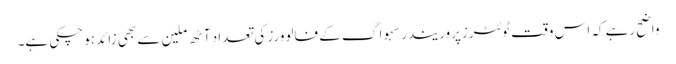
واضح رہے کہ اس وقت ٹوئٹرزپروریندرسہوا گ کے فالوورز کی تعداد آٹھ ملین سے بھی زائد ہوچکی ہے۔